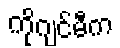
ကိုဂျင်မီက